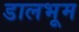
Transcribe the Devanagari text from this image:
डालभूम